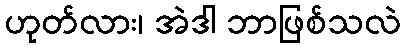
ဟုတ်လား၊ အဲဒါ ဘာဖြစ်သလဲ